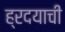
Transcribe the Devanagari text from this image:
ह्रदयाची